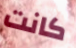
كانت